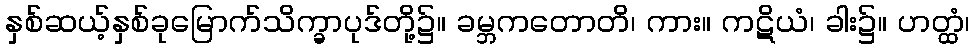
နှစ်ဆယ့်နှစ်ခုမြောက်သိက္ခာပုဒ်တို့၌။ ခမ္ဘကတောတိ၊ ကား။ ကဋိယံ၊ ခါး၌။ ဟတ္ထံ၊